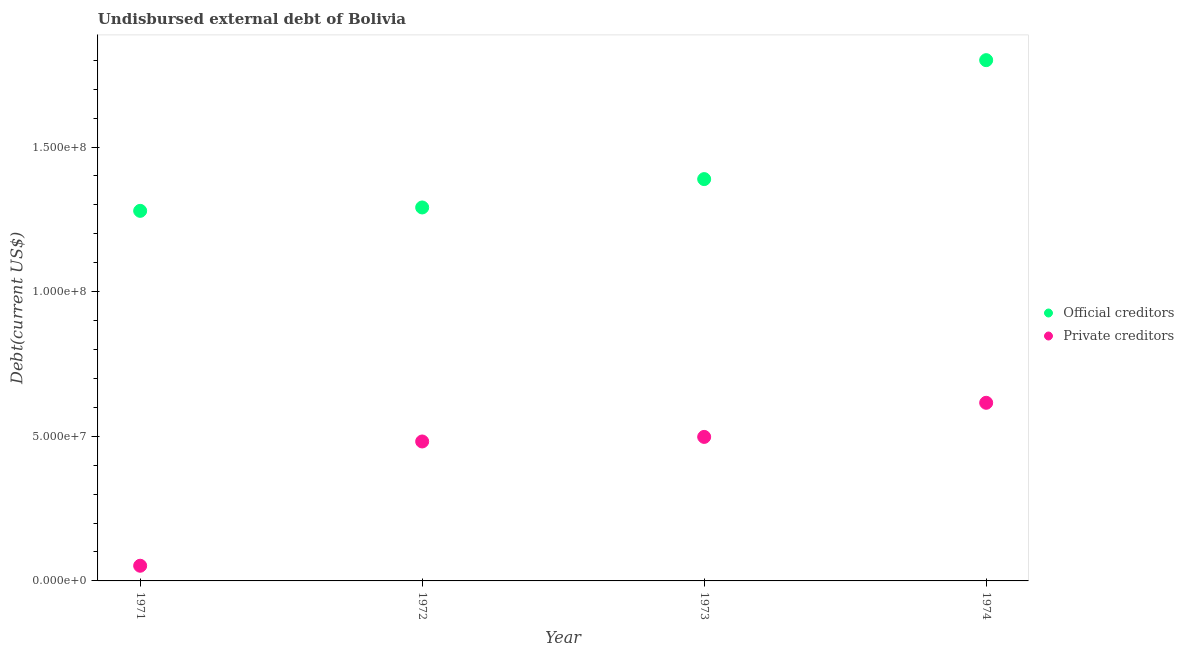
| Year | Official creditors | Private creditors |
 | --- | --- | --- |
 | 1971 | 1.28e+08 | 5.25e+06 |
 | 1972 | 1.29e+08 | 4.82e+07 |
 | 1973 | 1.39e+08 | 4.98e+07 |
 | 1974 | 1.8e+08 | 6.16e+07 |